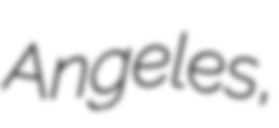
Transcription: Angeles,